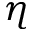
\eta